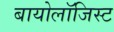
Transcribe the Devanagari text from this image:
बायोलॉजिस्ट